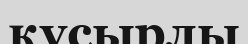
құсырлы